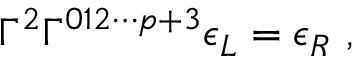
\Gamma ^ { 2 } \Gamma ^ { 0 1 2 \cdots p + 3 } \epsilon _ { L } = \epsilon _ { R } \ ,